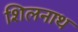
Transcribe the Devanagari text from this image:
शिलनाथ